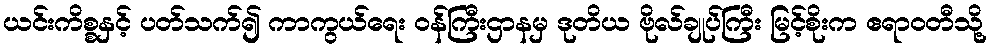
ယင်းကိစ္စနှင့် ပတ်သက်၍ ကာကွယ်ရေး ဝန်ကြီးဌာနမှ ဒုတိယ ဗိုလ်ချုပ်ကြီး မြင့်စိုးက ဧရာဝတီသို့